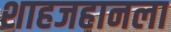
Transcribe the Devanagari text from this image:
शाहजहानला